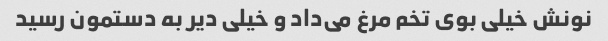
نونش خیلی بوی تخم مرغ می‌داد و خیلی دیر به دستمون رسید